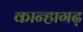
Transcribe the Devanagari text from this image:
कान्हागढ़